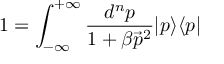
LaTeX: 1 = { \int _ { - \infty } ^ { + \infty } \frac { d ^ { n } p } { 1 + \beta \vec { p } ^ { 2 } } } \vert p \rangle \langle p \vert